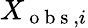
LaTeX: X_{\mathrm{~o~b~s~},i}